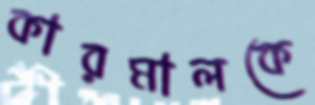
কারমালকে